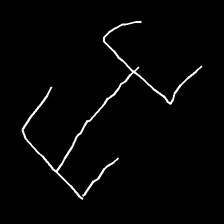
Glyph: entwine